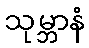
သုမ္ဘာနံ